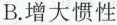
B.增大惯性